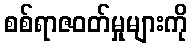
စစ်ရာဇဝတ်မှုများကို